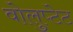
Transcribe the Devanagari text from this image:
वोलुप्टेट